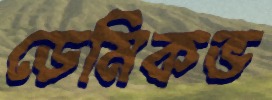
ডেমিকভ